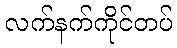
လက်နက်ကိုင်တပ်